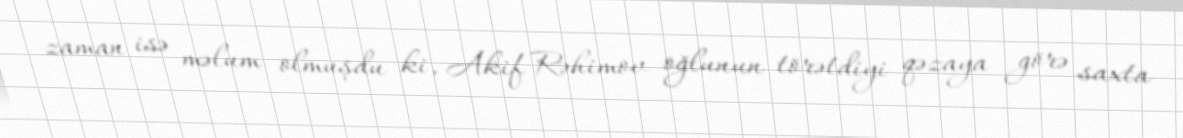
zaman isə məlum olmuşdu ki, Akif Rəhimov oğlunun törətdiyi qəzaya görə saxta